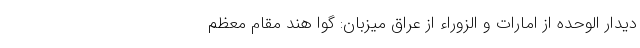
دیدار الوحده از امارات و الزوراء از عراق میزبان: گوا هند مقام معظم